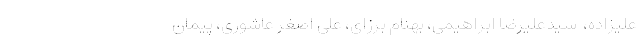
علیزاده، ‌ سیدعلیرضا ابراهیمی، بهنام برزای، علی اصغر عاشوری، پیمان